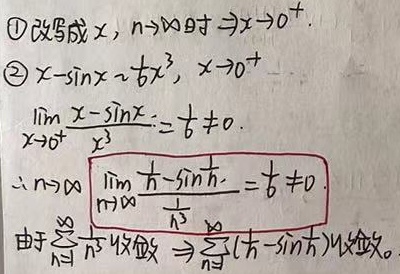
\textcircled{1}改写成$x,n\to\infty$时$\Rightarrow x\to 0^{+}$。
\textcircled{2}因为$x - \sin x \sim \frac{1}{6}x^{3}$，当$x\to 0^{+}$时，有$\lim_{x \to 0^{+}}\frac{x - \sin x}{x^{3}}=\frac{1}{6} \neq 0$。
所以当$n\to\infty$时，$\lim_{n \to \infty}\frac{\frac{1}{n}-\sin\frac{1}{n}}{\frac{1}{n^{3}}}=\frac{1}{6} \neq 0$。
由于$\sum_{n = 1}^{\infty}\frac{1}{n^{3}}$收敛，根据比较判别法的极限形式可知$\sum_{n = 1}^{\infty}(\frac{1}{n}-\sin\frac{1}{n})$收敛。